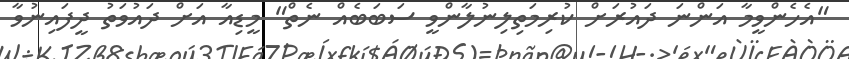
"އެހެންވީމާ އަންނަ ދައުރަށް ކުރިމަތިލިނުލާންވީ ސަބަބެއް ނެތް" މީޑިއާ އަށް ދައުވަތު ދީފައިނުވާ